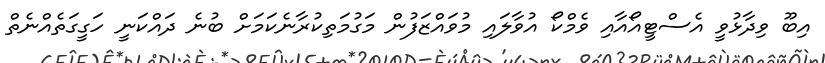
އިބޫ ވިދާޅުވީ އެސްޓީއޯއާއި ވެމްކޯ އުވާލައި މުވައްޒަފުން މަގުމަތިކުރާނެކަމަށް ބުނެ ދައްކަނީ ހަގީގަތެއްނެތް